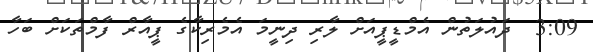
3:09  ދައުލަތުން އެމްޑީޕީއަށް ލާރި ދިނީމަ އެމެރިކާގެ ޕީއާރް ފާމްތަކަށް ބަހާ